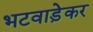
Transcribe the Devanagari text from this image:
भटवाड़ेकर